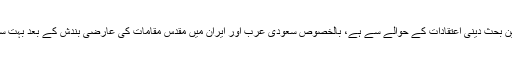
کرونا وائرس کے پھیلتے ہی سوشل میڈیا پر جو مختلف بحثیں شروع ہوئیں، ان میں سے اہم ترین بحث دینی اعتقادات کے حوالے سے ہے، بالخصوص سعودی عرب اور ایران میں مقدس مقامات کی عارضی بندش کے بعد بہت سے طبقات کی طرف سے دینی اعتقادات اور افکار کو زیر سؤال لانے کی کوشش کی گئی ہے۔